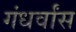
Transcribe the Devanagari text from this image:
गंधर्वांस